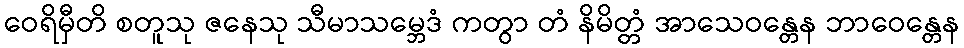
ဝေရိမှီတိ စတူသု ဇနေသု သီမာသမ္ဘေဒံ ကတွာ တံ နိမိတ္တံ အာသေဝန္တေန ဘာဝေန္တေန